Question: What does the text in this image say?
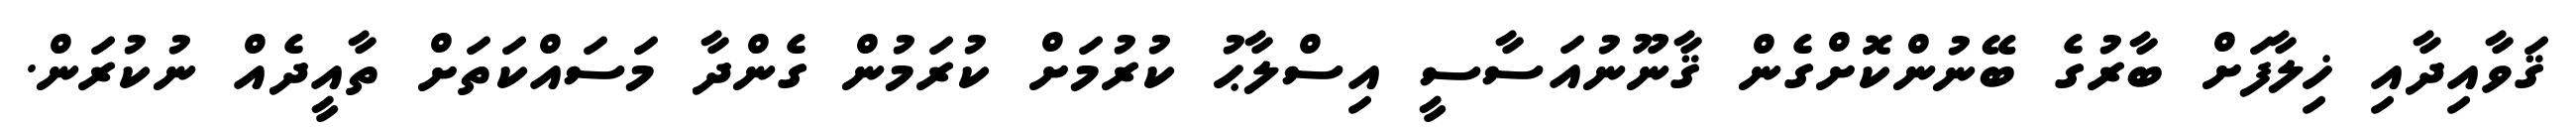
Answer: ޤަވާއިދާއި ޚިލާފަށް ބާރުގެ ބޭނުންކޮށްގެން ޤާނޫނުއަސާސީ އިސްލާޙު ކުރުމަށް ކުރަމުން ގެންދާ މަސައްކަތަށް ތާއީދެއް ނުކުރަން.